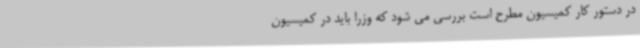
در دستور کار کمیسیون مطرح است بررسی می شود که وزرا باید در کمیسیون